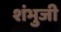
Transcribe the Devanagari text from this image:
शंभुजी